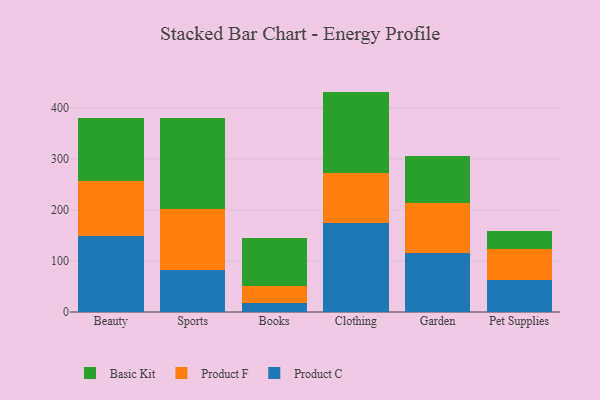
{"axis": {"x": "Category", "y": "Net Income (USD K)"}, "legend": ["Basic Kit", "Product C", "Product F"], "data": [{"x": "Beauty", "y": 148.3, "type": "Product C"}, {"x": "Beauty", "y": 107.4, "type": "Product F"}, {"x": "Beauty", "y": 124.6, "type": "Basic Kit"}, {"x": "Sports", "y": 83.1, "type": "Product C"}, {"x": "Sports", "y": 118.7, "type": "Product F"}, {"x": "Sports", "y": 178.2, "type": "Basic Kit"}, {"x": "Books", "y": 17.9, "type": "Product C"}, {"x": "Books", "y": 33.6, "type": "Product F"}, {"x": "Books", "y": 94.4, "type": "Basic Kit"}, {"x": "Clothing", "y": 174.2, "type": "Product C"}, {"x": "Clothing", "y": 98.9, "type": "Product F"}, {"x": "Clothing", "y": 158.6, "type": "Basic Kit"}, {"x": "Garden", "y": 116.2, "type": "Product C"}, {"x": "Garden", "y": 96.9, "type": "Product F"}, {"x": "Garden", "y": 92.9, "type": "Basic Kit"}, {"x": "Pet Supplies", "y": 62.2, "type": "Product C"}, {"x": "Pet Supplies", "y": 61.4, "type": "Product F"}, {"x": "Pet Supplies", "y": 34.2, "type": "Basic Kit"}]}